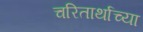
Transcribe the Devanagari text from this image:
चरितार्थाच्या